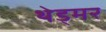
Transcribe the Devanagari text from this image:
थेड्मर